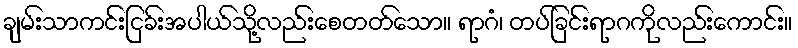
ချမ်းသာကင်းငြခ်းအပါယ်သို့လည်းစေတတ်သော။ ရာဂံ၊ တပ်ခြင်းရာဂကိုလည်းကောင်း။